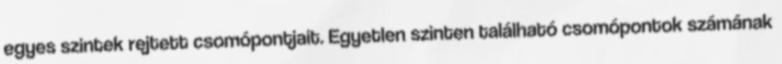
egyes szintek rejtett csomópontjait. Egyetlen szinten található csomópontok számának